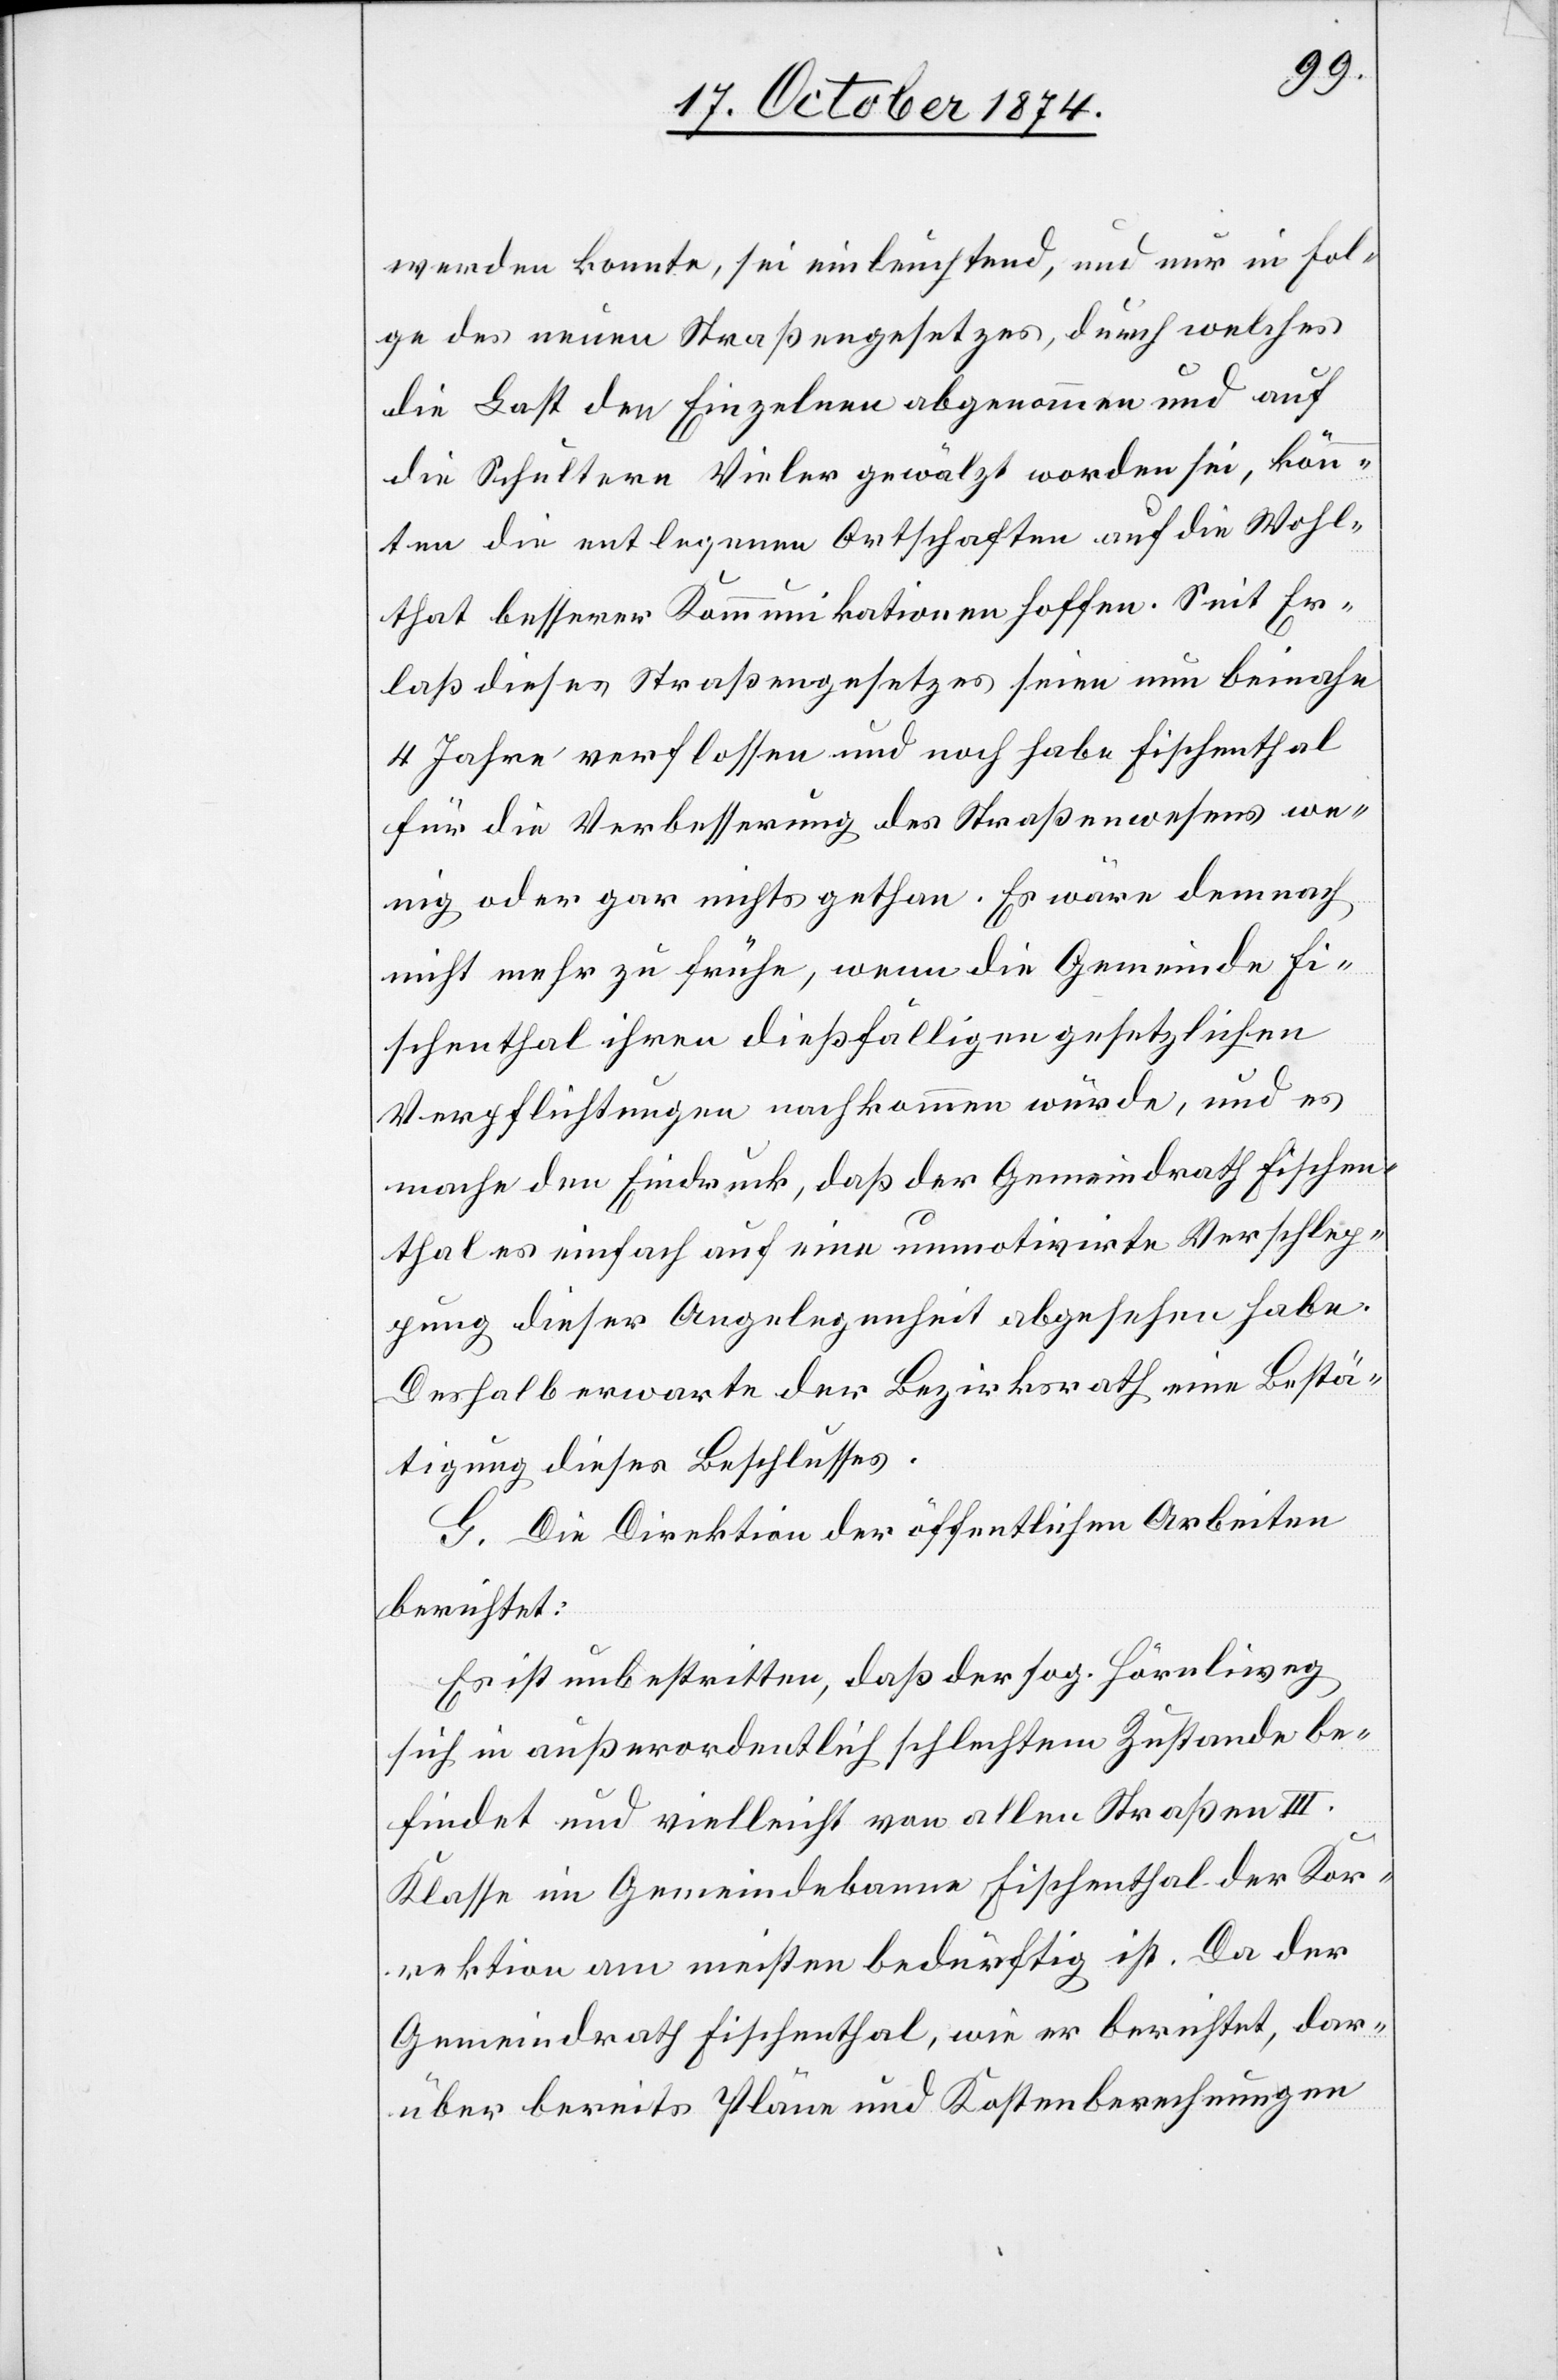
werden konnte, sei einleuchtend, und nur in Fol¬
ge des neuen Straßengesetzes, durch welches
die Last den Einzelnen abgenommen und auf
die Schultern Vieler gewälzt worden sei, könn¬
ten die entlegenen Ortschaften auf die Wohl¬
that besserer Kommunikationen hoffen. Seit Er¬
laß dieses Straßengesetzes seien nun beinahe
4 Jahre verflossen und noch habe Fischenthal
für die Verbesserung des Straßenwesens we¬
nig oder gar nichts gethan. Es wäre demnach
nicht mehr zu frühe, wenn die Gemeinde Fi¬
schenthal ihren dießfälligen gesetzlichen
Verpflichtungen nachkommen würde, und es
mache den Eindruck, daß der Gemeindrath Fischen¬
thal es einfach auf eine unmotivirte Verschlep¬
pung dieser Angelegenheit abgesehen habe.
Deshalb erwarte der Bezirksrath eine Bestä¬
tigung dieses Beschlusses.
G. Die Direktion der öffentlichen Arbeiten
berichtet:
Es ist unbestritten, daß der sog. Hörnliberg
sich in außerordentlich schlechtem Zustande be¬
findet und vielleicht von allen Straßen III.
Klasse im Gemeindebanne Fischenthal der Kor¬
rektion am meisten bedürftig ist. Da der
Gemeindrath Fischenthal, wie er berichtet, dar¬
über bereits Pläne und Kostenberechnungen